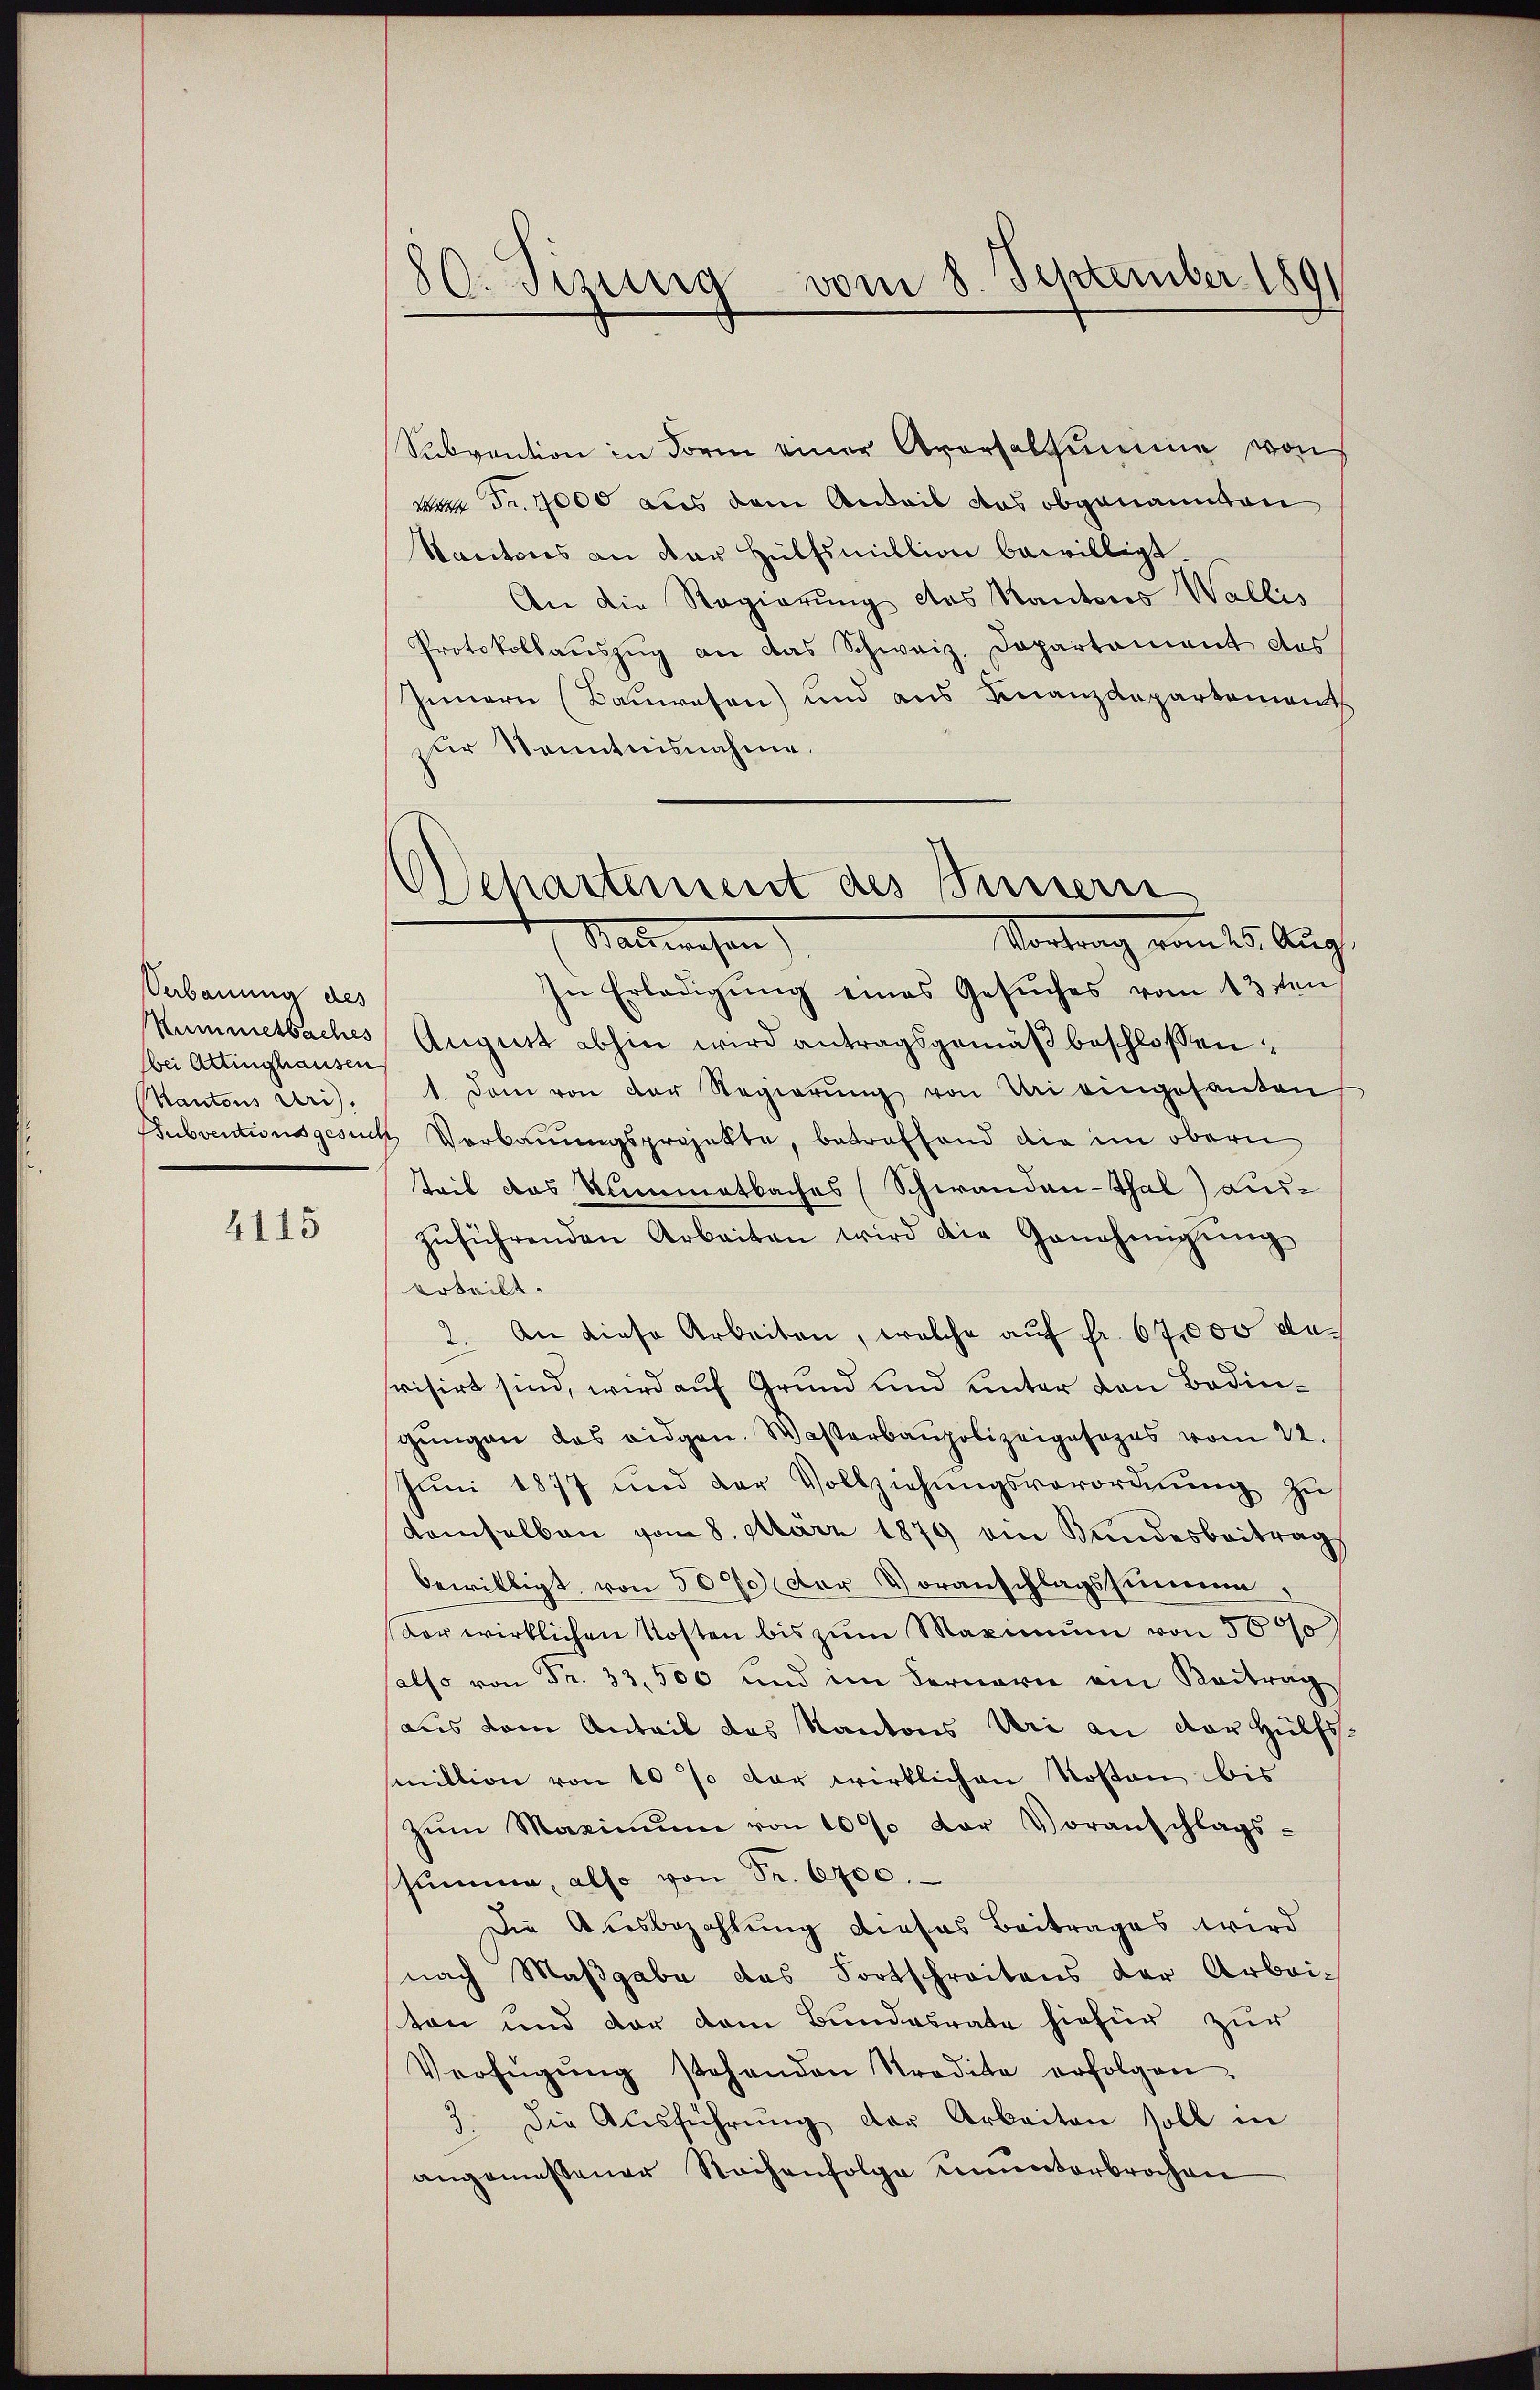
Verbauung des
Kümmetbaches
bei Attinghausen
Mantons Uri.

4115

180. Tizung vom 8. September 1891

Subvention in Form einer Aversalsumme von
wa Fr. 7000 aus dem Anteil das obgenannten
Kantons an der Hülfsmillion bewilligt.
An die Regierung das Kantons Wallis
Protokollauszug an das Schweiz. Departament des
Innern (Bauwesen) und aus Finanzdepartement
der Kenntnisnahme.
In Erledigŭng eines Gesŭches vom 13ten
August abhin wird antragsgemäβ beschlossen:
1. Dem von der Regierŭng von Mai eingesanten
Subventionsgesuch Verbauungsprojekte, betreffend die im obern
teit das Nummetbaches (Schwandan-Gal) auszŭführenden Arbeiten wird die Genehmigŭng
urteilt.
2. An diese Arbeiten, welche auf fr. 67000 dasvisirt sind, wird auf Grund und unter den Bedingŭngen das eidgen. Wasterbaupolizeigesages vom 22.
Juni 1877 und der Vollziehungsverordnung zu
demselben vom 8. März 1879 ein Bundesbeitrag
bewilligt, von 5000 der Voranschlagssummen
vor wirklichen Kosten bis zum Maximum von 5000
also von Fr. 33,500 und im Fernerie am Beitrag
aus dem Anteil das Kantons Uri an der Hülfs-
smillion von 10 % der wirklichen Kosten bis
Zŭm Maximŭm von 1000 der Voranschlags-
ssumme, also von Fr. 6700.
Die Ausbezahlung dieses Beitrages wird
nach Maβgabe das Fortschreitens der Arbei-
ton und der dem Bundesrate hiefür zur
Verfügŭng stehenden Stradite erfolgen.
3. Die Ausführung der Arbeiten soll in
angemessener Sachenfolge ununterbrochen

Separtement des Innern
Stallwesen
Vortrag vom 15. Aug.